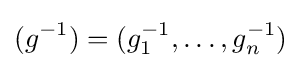
(g^{-1})=(g_{1}^{-1},\ldots ,g_{n}^{-1})